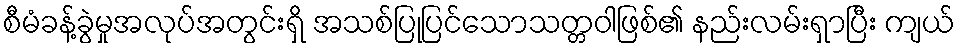
စီမံခန့်ခွဲမှုအလုပ်အတွင်းရှိ အသစ်ပြုပြင်သောသတ္တဝါဖြစ်၏ နည်းလမ်းရှာပြီး ကျယ်